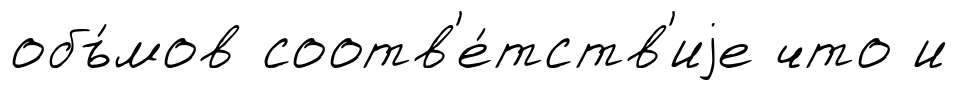
объ́мов соотв'е́тств'иjе что и